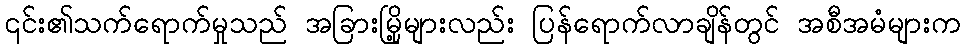
၎င်း၏သက်ရောက်မှုသည် အခြားမြို့များလည်း ပြန်ရောက်လာချိန်တွင် အစီအမံများက